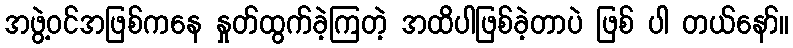
အဖွဲ့ဝင်အဖြစ်ကနေ နှုတ်ထွက်ခဲ့ကြတဲ့ အထိပါဖြစ်ခဲ့တာပဲ ဖြစ် ပါ တယ်နော်။